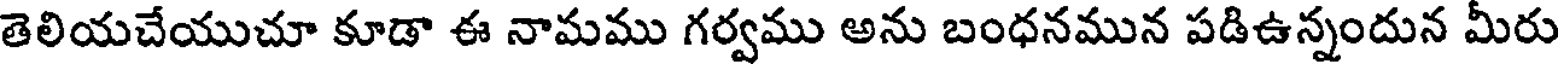
తెలియచేయుచూ కూడా ఈ నామము గర్వము అను బంధనమున పడిఉన్నందున మీరు